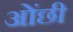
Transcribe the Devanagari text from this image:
ओंछी